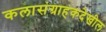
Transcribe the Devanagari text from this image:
कलासंग्राहकदेखील